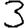
Digit: 3